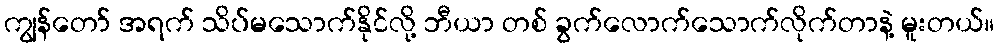
ကျွန်တော် အရက် သိပ်မသောက်နိုင်လို့ ဘီယာ တစ် ခွက်လောက်သောက်လိုက်တာနဲ့ မူးတယ်။